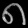
Digit: ၈